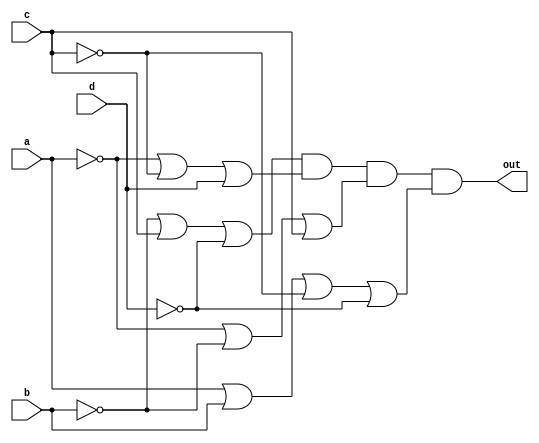
module top_module(
    input a,
    input b,
    input c,
    input d,
    output out  ); 
  //sum of products(SOP)
    //assign out = (~a & ~d)|(~b & ~c)|(a & c & d)|(~a & b & c & d);
    
  //product of sum(POS)
    assign out = (~b|c|~d) & (~a|~c|d) & (~a|~b|c) & (a|b|~c|~d);
endmodule